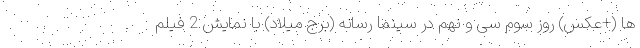
ها (+عکس) روز سوم سی و نهم در سینما رسانه (برج میلاد) با نمایش 2 فیلم